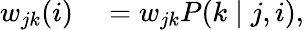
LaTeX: \begin{array}{rl}{w_{jk}(i)}&{{}=w_{jk}P(k\mid j,i),}\end{array}